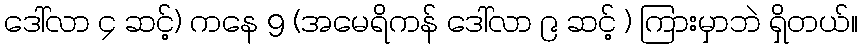
ဒေါ်လာ ၄ ဆင့်) ကနေ 9 (အမေရိကန် ဒေါ်လာ ၉ ဆင့် ) ကြားမှာဘဲ ရှိတယ်။